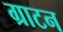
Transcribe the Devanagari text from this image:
ग्राटन